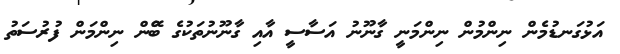
އަޅުގަނޑުމެން ނިންމުން ނިންމަނީ ގާނޫނު އަސާސީ އާއި ގާނޫނުތަކުގެ ބޭުން ނިންމަން ފުރުސަތު